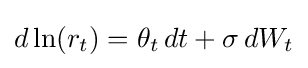
d\ln(r_{t})=\theta _{t}\,dt+\sigma \,dW_{t}